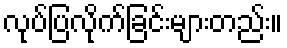
လုပ်ပြလိုက်ခြင်းများတည်း။